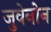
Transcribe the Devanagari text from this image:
जुवेनोन